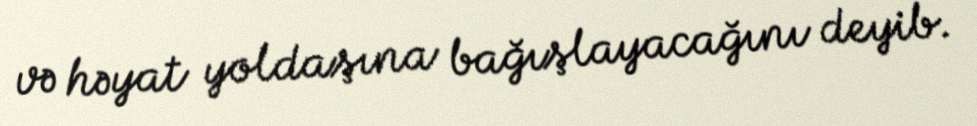
və həyat yoldaşına bağışlayacağını deyib.